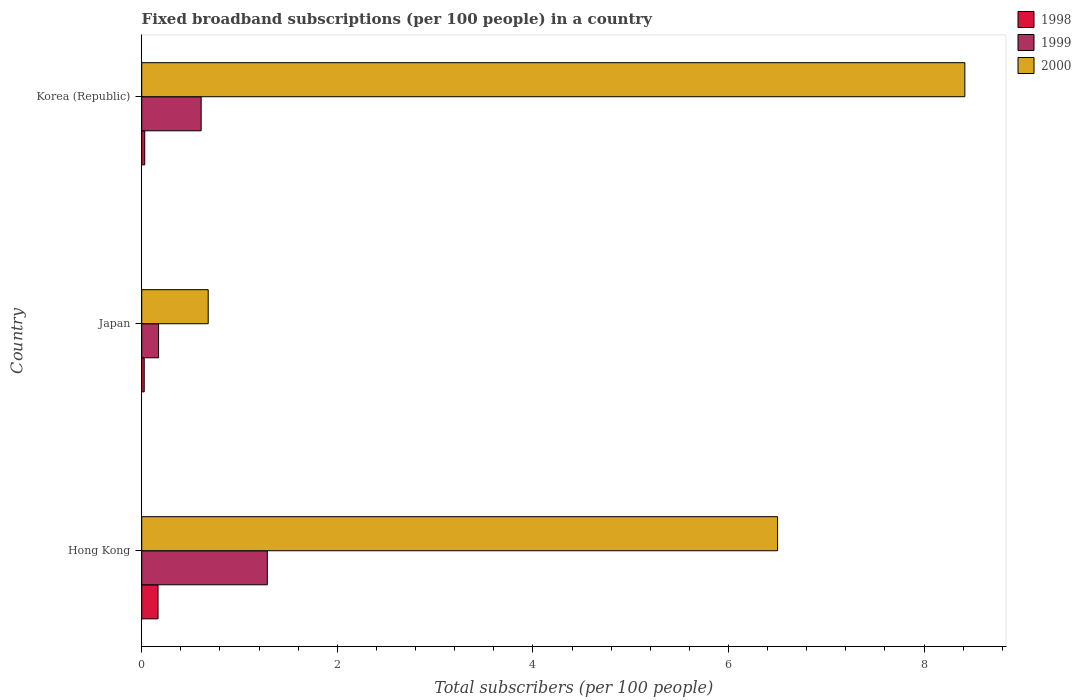
| Country | 1998 | 1999 | 2000 |
 | --- | --- | --- | --- |
 | Hong Kong | 0.167 | 1.28 | 6.5 |
 | Japan | 0.0255 | 0.172 | 0.68 |
 | Korea (Republic) | 0.0308 | 0.608 | 8.42 |